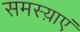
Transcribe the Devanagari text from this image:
समस्य़ाएं